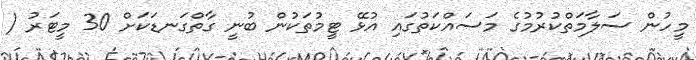
މީހުން ސަލާމަތްކުރުމުގެ މަސައްކަތުގައި އުޅޭ ޓީމުތަކުން ބުނީ ގާތްގަނޑަކަށް 30 މީޓަރު (